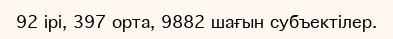
92 ірі, 397 орта, 9882 шағын субъектілер.